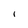
Character: I